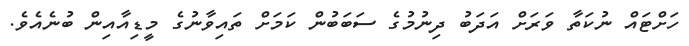
ހަށްޓައް ނުކަތާ ވަރަށް އަދަބު ދިނުމުގެ ސަބަބުން ކަމަށް ތައިވާނުގެ މީޑިއާއިން ބުނެއެވެ.